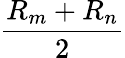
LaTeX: \frac{R_{m}+R_{n}}{2}